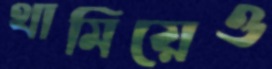
থামিয়েও